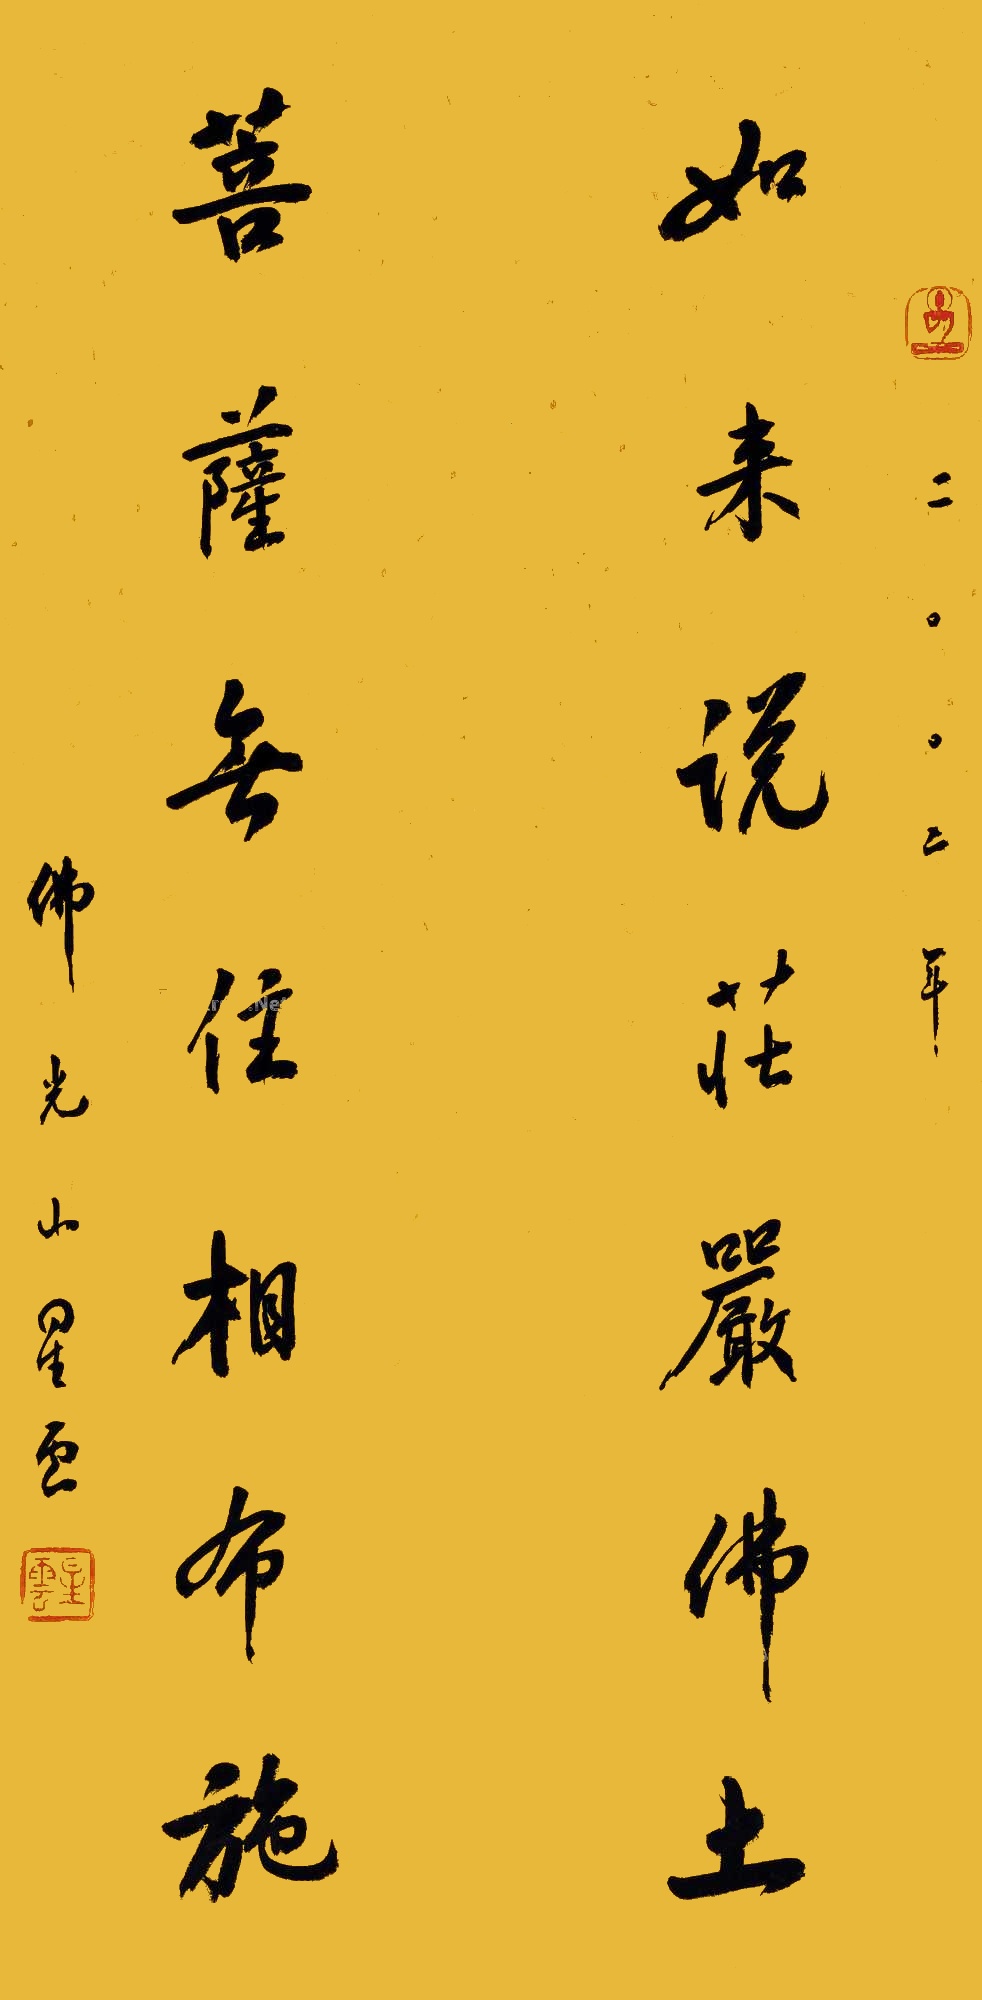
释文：如来说庄严佛土，菩萨无往相布施佛光山星云、二〇〇二年